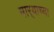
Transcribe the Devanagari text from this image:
मार्‍याच्या